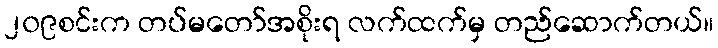
၂၀၉စင်းက တပ်မတော်အစိုးရ လက်ထက်မှ တည်ဆောက်တယ်။